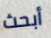
أبحث